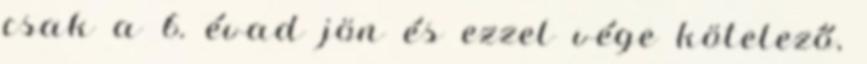
csak a 6. évad jön és ezzel vége kötelező,